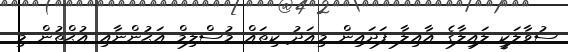
ސުވާލަކީ ލައިލާގެ އާއިލާ ފަދައިން މިއަދު ކިތައް މުސްލިމް އަޙުންނާއި އުޙްތުން މި